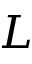
\cal { L }